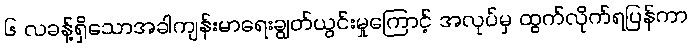
၆ လခန့်ရှိသောအခါကျန်းမာရေးချွတ်ယွင်းမှုကြောင့် အလုပ်မှ ထွက်လိုက်ရပြန်ကာ